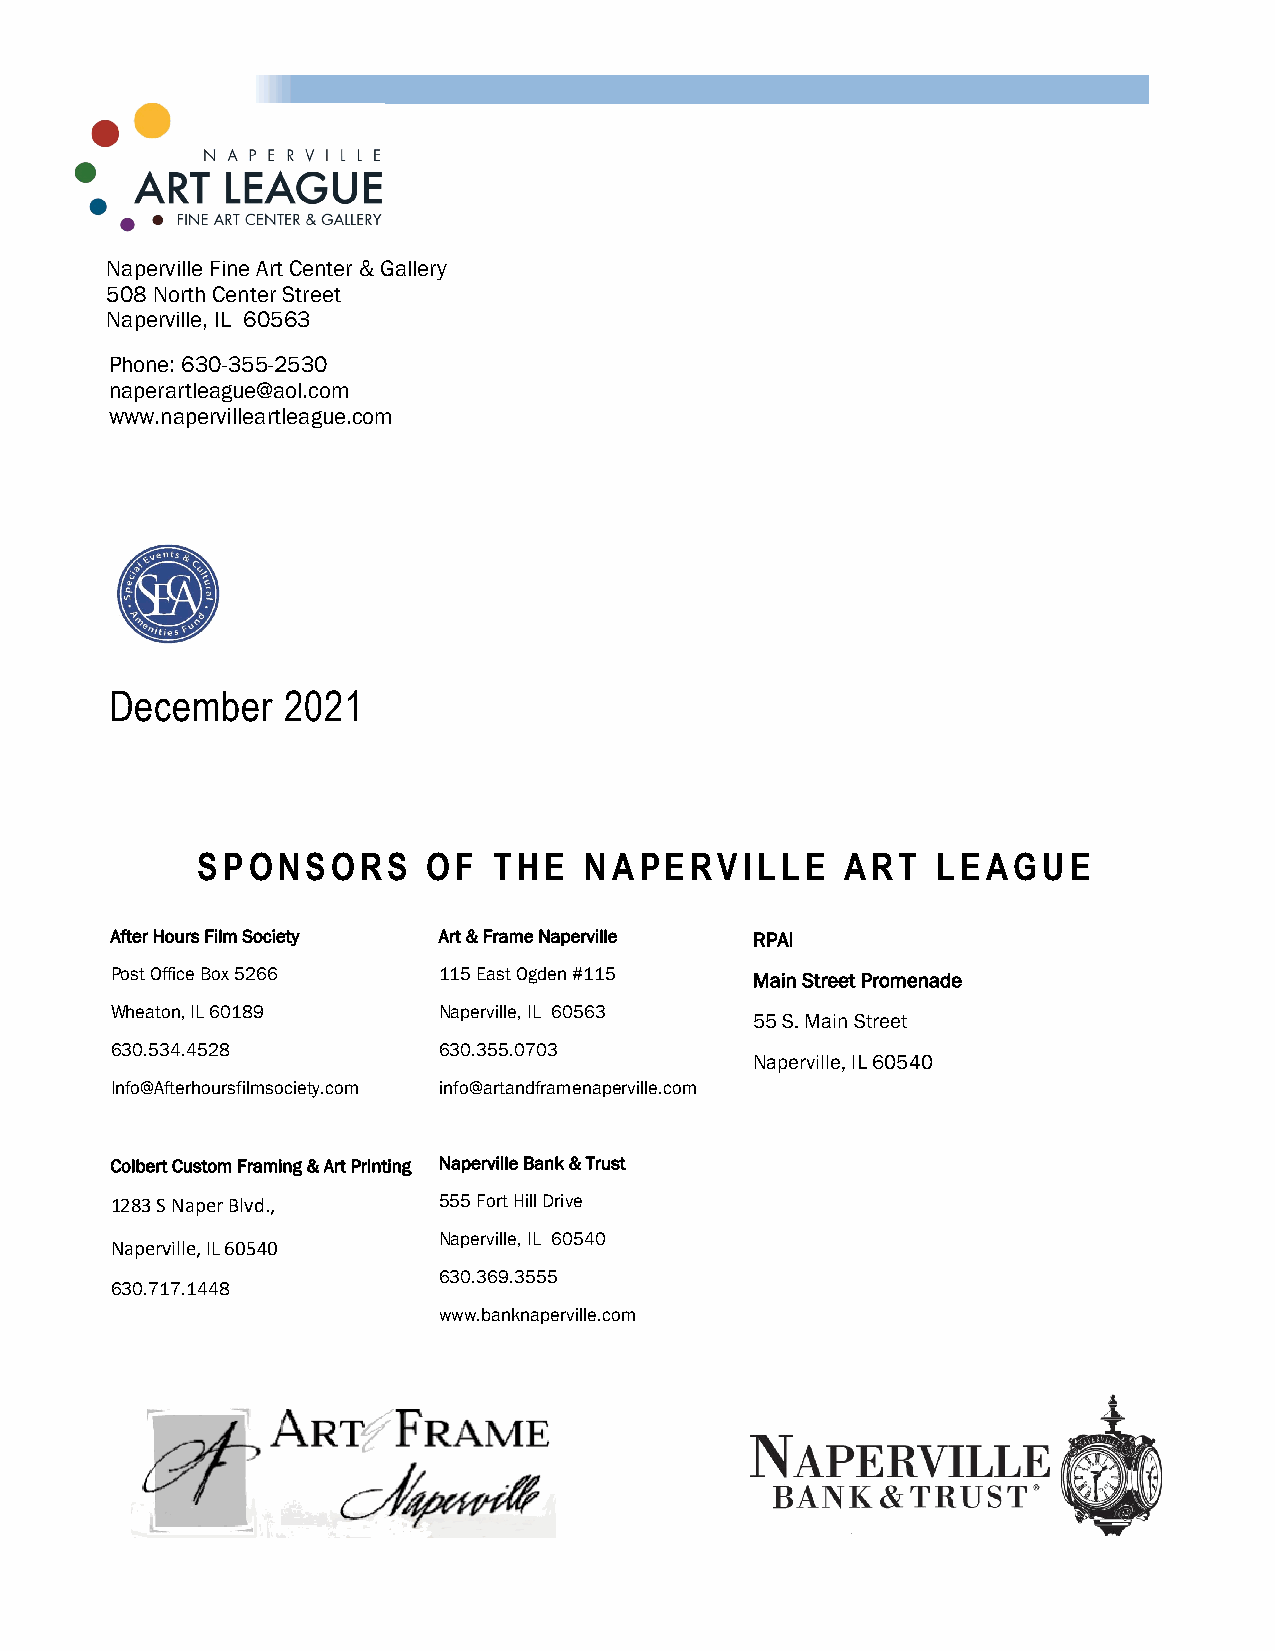
Naperville Fine Art Center & Gallery
 508 North Center Street
 Naperville, IL 60563
 Phone: 630-355-2530
 naperartleague@aol.com
 www.napervilleartleague.com
 December    2021
 SPONSORS       OF   THE   NAPERVILLE       ART   LEAGUE
 After Hours Film Society Art & Frame Naperville RPAI
 Post Office Box 5266  115 East Ogden #115  Main Street Promenade
 Wheaton, IL 60189     Naperville, IL 60563
 55 S. Main Street
 630.534.4528          630.355.0703
 Naperville, IL 60540
 Info@Afterhoursfilmsociety.com info@artandframenaperville.com
 Colbert Custom Framing & Art Printing Naperville Bank & Trust
 1283 S Naper Blvd.,   555 Fort Hill Drive
 Naperville, IL 60540
 Naperville, IL 60540
 630.369.3555
 630.717.1448
 www.banknaperville.com